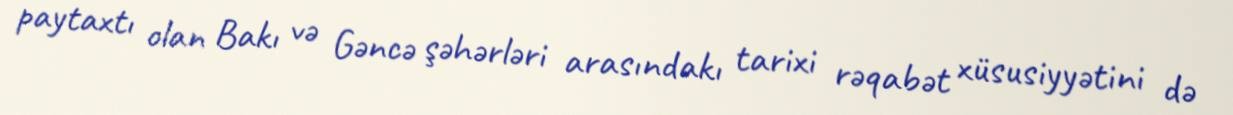
paytaxtı olan Bakı və Gəncə şəhərləri arasındakı tarixi rəqabət xüsusiyyətini də